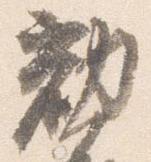
勧